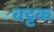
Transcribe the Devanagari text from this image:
बट्टक